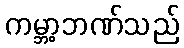
ကမ္ဘာ့ဘဏ်သည်